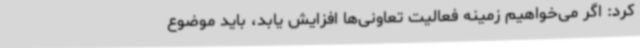
کرد: اگر می‌خواهیم زمینه فعالیت تعاونی‌ها افزایش یابد، باید موضوع